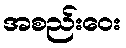
အစည်းဝေး